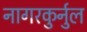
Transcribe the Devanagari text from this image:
नागरकुर्नुल